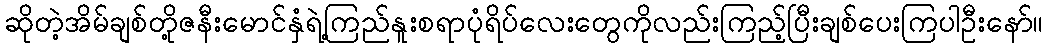
ဆိုတဲ့အိမ်ချစ်တို့ဇနီးမောင်နှံရဲ့ကြည်နူးစရာပုံရိပ်လေးတွေကိုလည်းကြည့်ပြီးချစ်ပေးကြပါဦးနော်။